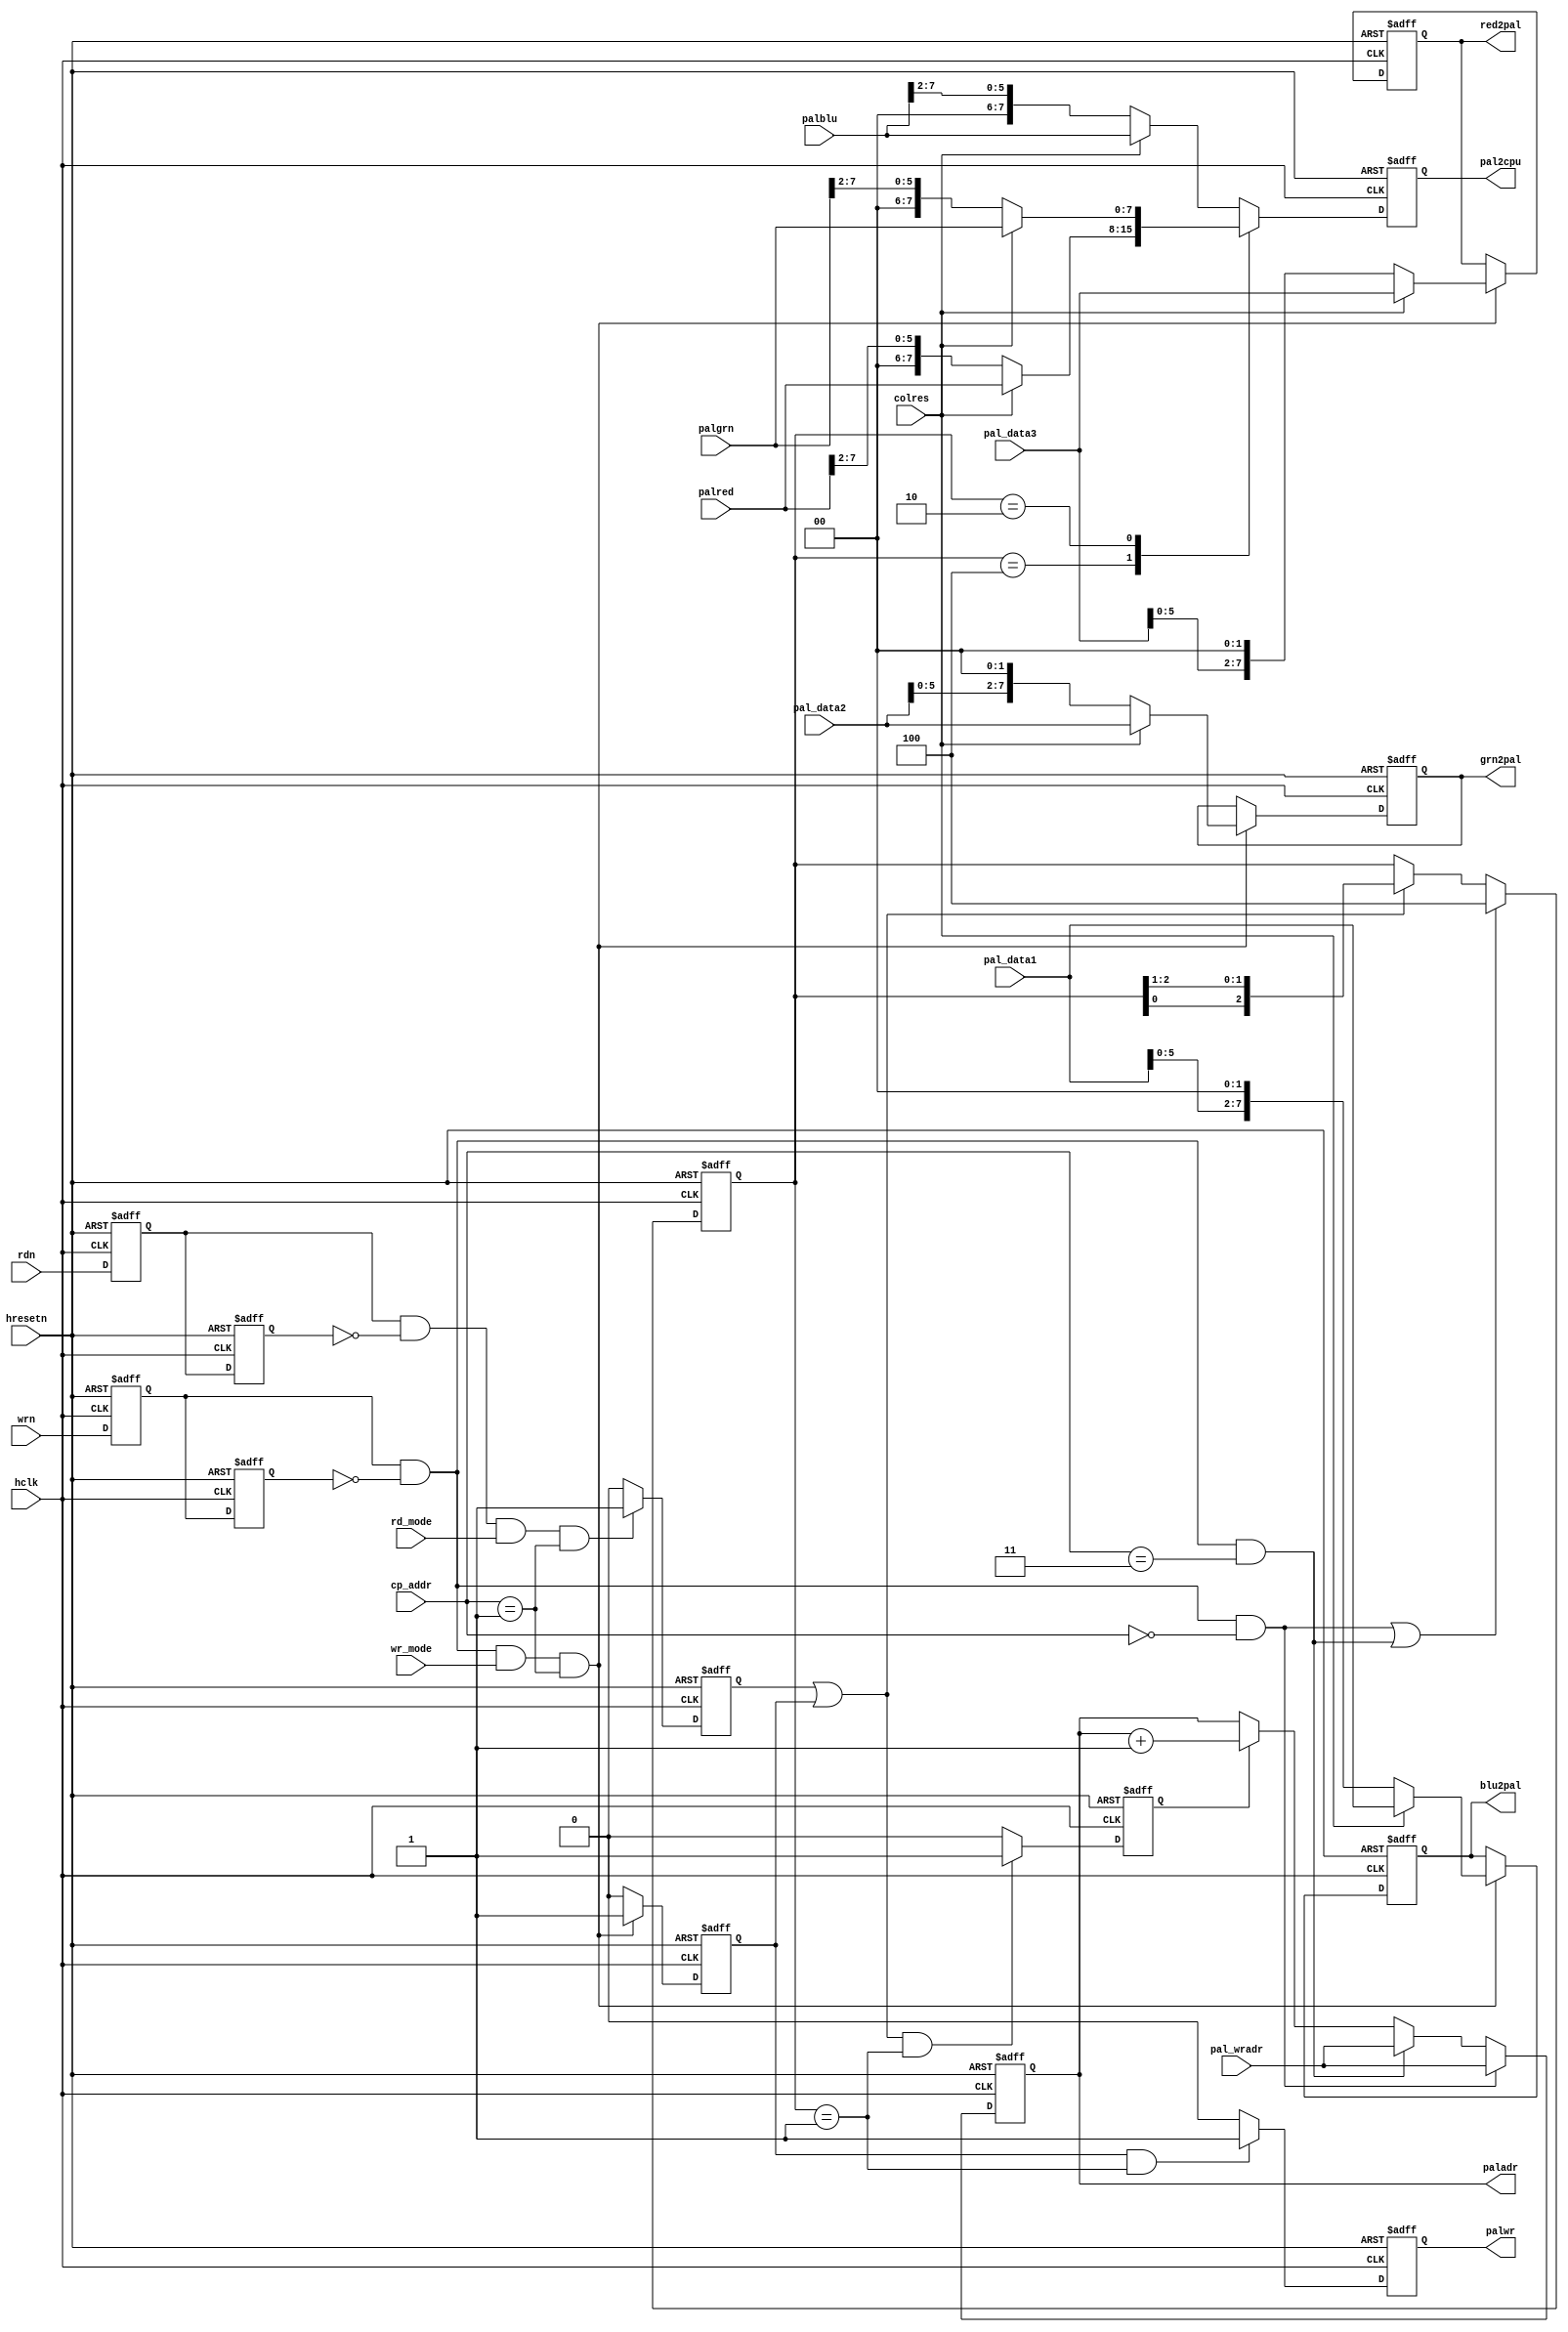
module pal_ctl
	(
	hclk, 
	hresetn, 
	wrn, 
	rdn, 
	wr_mode, 
	rd_mode, 
	colres,
	pal_data1, 
	pal_data2, 
	pal_data3,  
	red2pal, 
	grn2pal, 
	blu2pal,     
	palred, 
	palgrn, 
	palblu ,       
	cp_addr, 
	paladr, 
	palwr, 
	pal2cpu, 
	pal_wradr
	);
input		hclk, 
		hresetn, 
		wrn, 
		rdn, 
		wr_mode, 
		rd_mode, 
		colres;
input	[7:0]	pal_data1, 	
		pal_data2, 
		pal_data3, 
		pal_wradr;
input	[7:0]	palred, 	
		palgrn, 
		palblu;
input	[2:0]	cp_addr; 	
output	[7:0]	paladr;		
output		palwr ;
output	[7:0]	red2pal,	
		grn2pal, 
		blu2pal ;
output	[7:0]	pal2cpu;
parameter       PAL_WADR        = 3'h0,  
                PAL_RADR        = 3'h3;  
reg	[7:0]	pal2cpu;
reg	[7:0]	red2pal, grn2pal, blu2pal ;
reg		palwr ;
reg	[7:0]	paladr ;
reg     wr1, wr2;
reg     rd1, rd2;
reg     wr_enable, rd_enable, inc_adr;
always @(posedge hclk or negedge hresetn)
	begin
		if (!hresetn)
			begin
             			wr2 <= 1'b0;
             			wr1 <= 1'b0;
				rd2 <= 1'b0;
				rd1 <= 1'b0;
			end
		else 	begin
				wr2 <= wr1;
				wr1 <= wrn;
				rd2 <= rd1;
				rd1 <= rdn;
			end
	end
wire wr_pulse = wr1 & !wr2;
wire rd_pulse = rd1 & !rd2;
wire init_rd  = wr_pulse & (cp_addr == PAL_RADR);
wire init_wr  = wr_pulse & (cp_addr == PAL_WADR);
wire init_ptr =  init_wr | init_rd;
wire pal_access = wr_enable | rd_enable;
reg	[2:0]	byte_ptr;
always @(posedge hclk or  negedge hresetn)
	begin
		if (!hresetn)		byte_ptr      <= 3'b100;
		else if (init_ptr) 	byte_ptr[2:0] <= 3'b100 ;
		else if (pal_access) 	byte_ptr[2:0] <= {byte_ptr[0],byte_ptr[2:1]};
	end
always @(posedge hclk or  negedge hresetn)
	begin
	if (!hresetn)
		begin
			wr_enable <= 1'b0;
			red2pal <= 8'h00;
			blu2pal <= 8'h00;
			grn2pal <= 8'h00;
		end
	else if (wr_pulse & wr_mode  & (cp_addr == 3'h1))
		begin
			red2pal <= colres ? pal_data3[7:0] : {pal_data3[5:0] , 2'b00};
                       	grn2pal <= colres ? pal_data2[7:0] : {pal_data2[5:0] , 2'b00};
                       	blu2pal <= colres ? pal_data1[7:0] : {pal_data1[5:0] , 2'b00};
                       	wr_enable <= 1'b1;
		end
	else wr_enable <= 1'b0;
	end
always @(posedge hclk or  negedge hresetn)
	begin
	if (!hresetn)
		begin
			rd_enable <= 1'b0;
			pal2cpu <= 8'h00;
		end
	else 	begin
			case (byte_ptr)
			3'b100  : pal2cpu <= colres ? palred[7:0] : {2'b00 , palred[7:2]};
			3'b010  : pal2cpu <= colres ? palgrn[7:0] : {2'b00 , palgrn[7:2]};
			default : pal2cpu <= colres ? palblu[7:0] : {2'b00 , palblu[7:2]};
			endcase
	                if (rd_pulse & rd_mode  & (cp_addr == 3'h1))
                     		rd_enable <= 1'b1;
                	else 	rd_enable <= 1'b0;
              end
	end
always @(posedge hclk or  negedge hresetn)
	begin
		if (!hresetn)
                	begin
				palwr  <= 1'b0;
                      		inc_adr <= 1'b0; 
			end
		else begin
                 if ((wr_enable) & (byte_ptr == 3'b001)) palwr <= 1'b1;
                 else palwr <= 1'b0;
                 if ((rd_enable | wr_enable) & (byte_ptr == 3'b001))inc_adr<= 1'b1;
                 else inc_adr<= 1'b0;
           end end
always @(posedge hclk or  negedge hresetn)
	begin
		if (!hresetn) paladr <= 8'b0;
		else if (init_wr) paladr <= pal_wradr;
		else if (init_rd) paladr <= pal_wradr;
		else if (inc_adr) paladr <= paladr + 8'b1;
	end
 endmodule